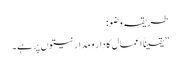
طریقہ وضو:
’’یقیناً اعمال کا دار ومدار نیتوں پر ہے۔